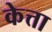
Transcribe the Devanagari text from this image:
केत्ता